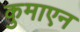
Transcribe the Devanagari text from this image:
कुमाएन